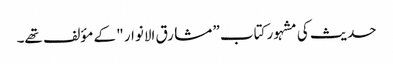
حدیث کی مشہور کتاب ” مشارق الانوار " کے مؤلف تھے۔